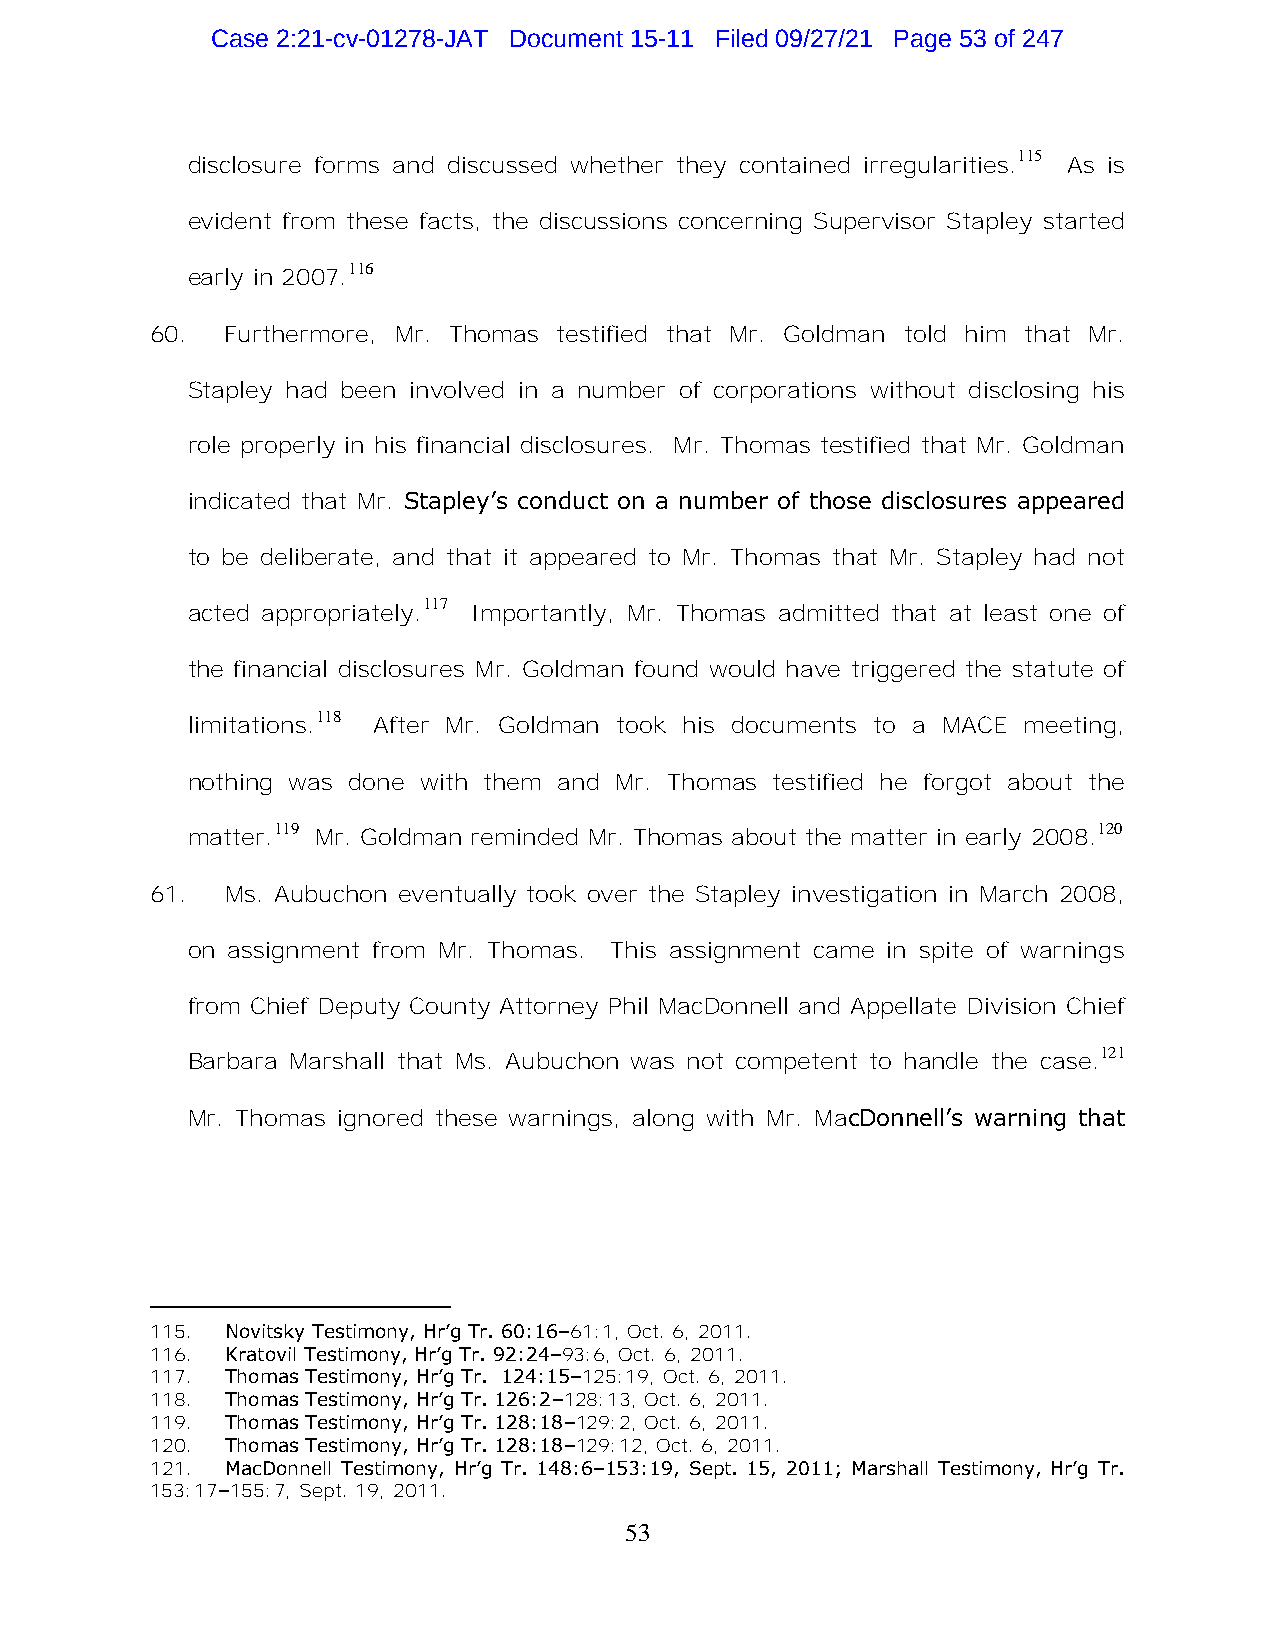
Case 2:21-cv-01278-JAT Document 15-11 Filed 09/27/21 Page 53 of 247
 115
 disclosure forms and discussed whether they contained irregularities. As is
 evident from these facts, the discussions concerning Supervisor Stapley started
 116
 early in 2007.
 60.  Furthermore, Mr. Thomas testified that Mr. Goldman told him that Mr.
 Stapley had been involved in a number of corporations without disclosing his
 role properly in his financial disclosures. Mr. Thomas testified that Mr. Goldman
 indicated that Mr. Stapley’s conduct on a number of those disclosures appeared
 to be deliberate, and that it appeared to Mr. Thomas that Mr. Stapley had not
 117
 acted appropriately. Importantly, Mr. Thomas admitted that at least one of
 the financial disclosures Mr. Goldman found would have triggered the statute of
 118
 limitations. After Mr. Goldman took his documents to a MACE meeting,
 nothing was done with them and Mr. Thomas testified he forgot about the
 119                                                    120
 matter.  Mr. Goldman reminded Mr. Thomas about the matter in early 2008.
 61.  Ms. Aubuchon eventually took over the Stapley investigation in March 2008,
 on assignment from Mr. Thomas. This assignment came in spite of warnings
 from Chief Deputy County Attorney Phil MacDonnell and Appellate Division Chief
 121
 Barbara Marshall that Ms. Aubuchon was not competent to handle the case.
 Mr. Thomas ignored these warnings, along with Mr. MacDonnell’s warning that
 115. Novitsky Testimony, Hr’g Tr. 60:16–61:1, Oct. 6, 2011.
 116. Kratovil Testimony, Hr’g Tr. 92:24–93:6, Oct. 6, 2011.
 117. Thomas Testimony, Hr’g Tr. 124:15–125:19, Oct. 6, 2011.
 118. Thomas Testimony, Hr’g Tr. 126:2–128:13, Oct. 6, 2011.
 119. Thomas Testimony, Hr’g Tr. 128:18–129:2, Oct. 6, 2011.
 120. Thomas Testimony, Hr’g Tr. 128:18–129:12, Oct. 6, 2011.
 121. MacDonnell Testimony, Hr’g Tr. 148:6–153:19, Sept. 15, 2011; Marshall Testimony, Hr’g Tr.
 153:17–155:7, Sept. 19, 2011.
 53